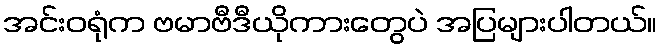
အင်းဝရုံက ဗမာဗီဒီယိုကားတွေပဲ အပြများပါတယ်။